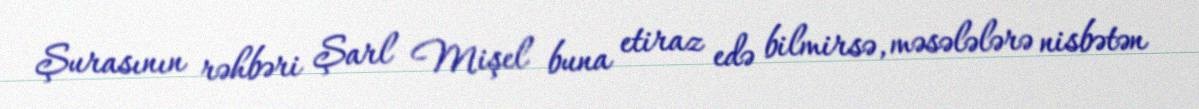
Şurasının rəhbəri Şarl Mişel buna etiraz edə bilmirsə, məsələlərə nisbətən